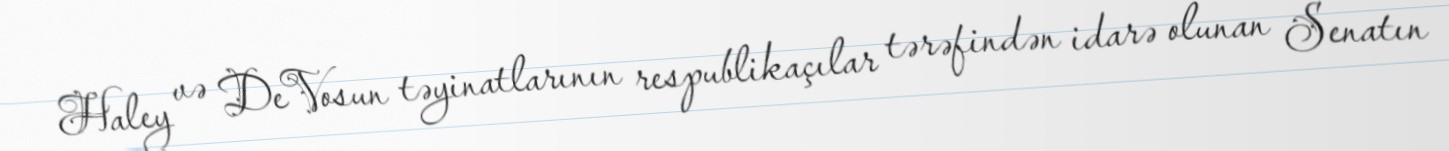
Haley və DeVosun təyinatlarının respublikaçılar tərəfindən idarə olunan Senatın